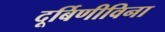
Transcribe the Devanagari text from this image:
दूर्बिणीविना